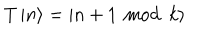
T \left| n \right\rangle = \left| n + 1 \, \bmod \, k \right\rangle